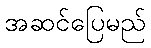
အဆင်ပြေမည်